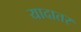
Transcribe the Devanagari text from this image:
यादातर